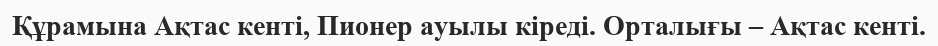
Құрамына Ақтас кенті, Пионер ауылы кіреді. Орталығы – Ақтас кенті.